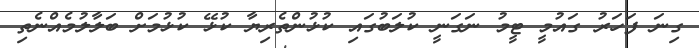
ގިނަ ފަހަރު ގައުމީ ޓީމު ނަގަނީ ކުލަބުގައި ކުޅުންތެރިޔާ ކުޅޭ ކުޅުމަށް ބަލާލުމެއްނެތި